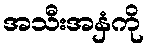
အသီးအနှံကို